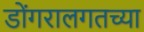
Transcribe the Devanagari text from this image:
डोंगरालगतच्या